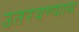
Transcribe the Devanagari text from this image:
उतरवण्यास